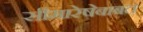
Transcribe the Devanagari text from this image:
सीमारेषेबाबत